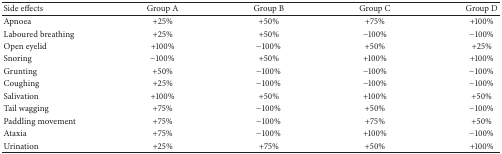
<table><thead><tr><td><b>Side effects</b></td><td><b>Group A</b></td><td><b>Group B</b></td><td><b>Group C</b></td><td><b>Group D</b></td></tr></thead><tbody><tr><td>Apnoea </td><td>+25%</td><td>+50%</td><td>+75%</td><td>+100%</td></tr><tr><td>Laboured breathing </td><td>+25%</td><td>+50%</td><td>−100%</td><td>−100%</td></tr><tr><td>Open eyelid</td><td>+100%</td><td>−100%</td><td>+50%</td><td>+25%</td></tr><tr><td>Snoring </td><td>−100%</td><td>+50%</td><td>+100%</td><td>+100%</td></tr><tr><td>Grunting</td><td>+50%</td><td>−100%</td><td>−100%</td><td>−100%</td></tr><tr><td>Coughing</td><td>+25%</td><td>−100%</td><td>−100%</td><td>−100%</td></tr><tr><td>Salivation</td><td>+100%</td><td>+50%</td><td>+100%</td><td>+50%</td></tr><tr><td>Tail wagging</td><td>+75%</td><td>−100%</td><td>+50%</td><td>−100%</td></tr><tr><td>Paddling movement</td><td>+75%</td><td>−100%</td><td>+75%</td><td>+50%</td></tr><tr><td>Ataxia</td><td>+75%</td><td>−100%</td><td>+100%</td><td>−100%</td></tr><tr><td>Urination</td><td>+25%</td><td>+75%</td><td>+50%</td><td>+100%</td></tr></tbody></table>